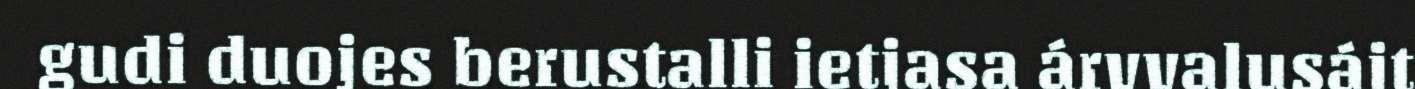
gudi duojes berustalli ietjasa árvvalusájt